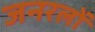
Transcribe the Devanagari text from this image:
जनरलाें